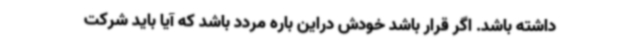
داشته باشد. اگر قرار باشد خودش دراین ‌باره مردد باشد که آیا باید شرکت